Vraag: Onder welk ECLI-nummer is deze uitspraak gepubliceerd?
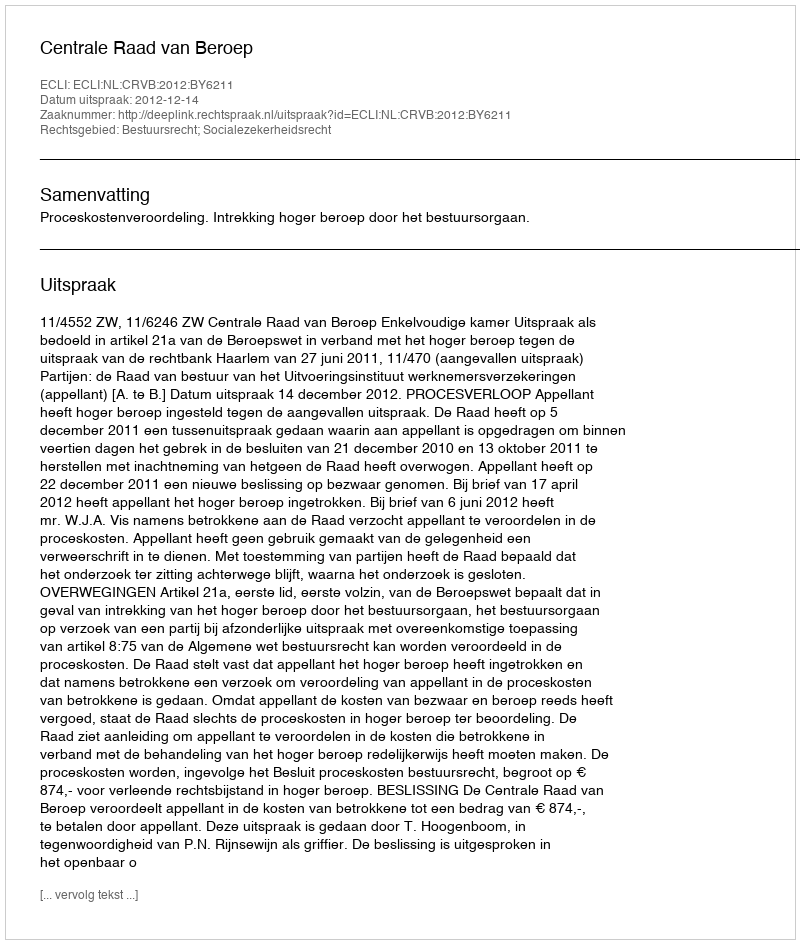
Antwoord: ECLI:NL:CRVB:2012:BY6211